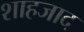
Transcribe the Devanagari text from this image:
शाहजाद